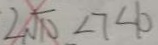
2 \sqrt { 1 0 } < 7 4 0